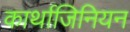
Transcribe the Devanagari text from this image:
कार्थाजिनियन